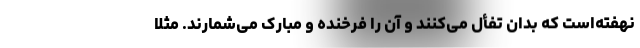
نهفته‌است که بدان تفأل می‌کنند و آن را فرخنده و مبارک می‌شمارند. مثلاً